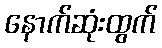
နောက်ဆုံးထွက်